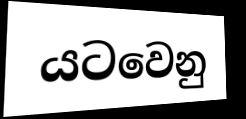
යටවෙනු